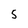
Character: 5